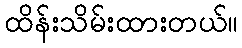
ထိန်းသိမ်းထားတယ်။